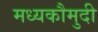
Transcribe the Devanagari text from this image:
मध्यकौमुदी